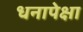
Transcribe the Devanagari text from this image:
धनापेक्षा